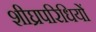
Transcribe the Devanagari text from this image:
शीघ्रपरिधियों